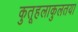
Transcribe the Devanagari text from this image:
कुतूहलाकुलतया